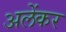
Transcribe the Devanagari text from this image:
अलेंकर